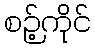
စဉ့်ကိုင်